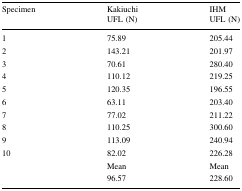
<table><thead><tr><td rowspan="2"><b>Specimen</b></td><td><b>Kakiuchi</b></td><td><b>IHM</b></td></tr><tr><td><b>UFL (N)</b></td><td><b>UFL (N)</b></td></tr></thead><tbody><tr><td>1</td><td>75.89</td><td>205.44</td></tr><tr><td>2</td><td>143.21</td><td>201.97</td></tr><tr><td>3</td><td>70.61</td><td>280.40</td></tr><tr><td>4</td><td>110.12</td><td>219.25</td></tr><tr><td>5</td><td>120.35</td><td>196.55</td></tr><tr><td>6</td><td>63.11</td><td>203.40</td></tr><tr><td>7</td><td>77.02</td><td>211.22</td></tr><tr><td>8</td><td>110.25</td><td>300.60</td></tr><tr><td>9</td><td>113.09</td><td>240.94</td></tr><tr><td>10</td><td>82.02</td><td>226.28</td></tr><tr><td></td><td>Mean</td><td>Mean</td></tr><tr><td></td><td>96.57</td><td>228.60</td></tr></tbody></table>